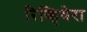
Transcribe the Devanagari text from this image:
रिव्हियेरा